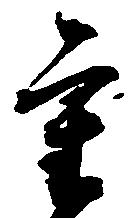
重